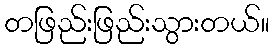
တဖြည်းဖြည်းသွားတယ်။